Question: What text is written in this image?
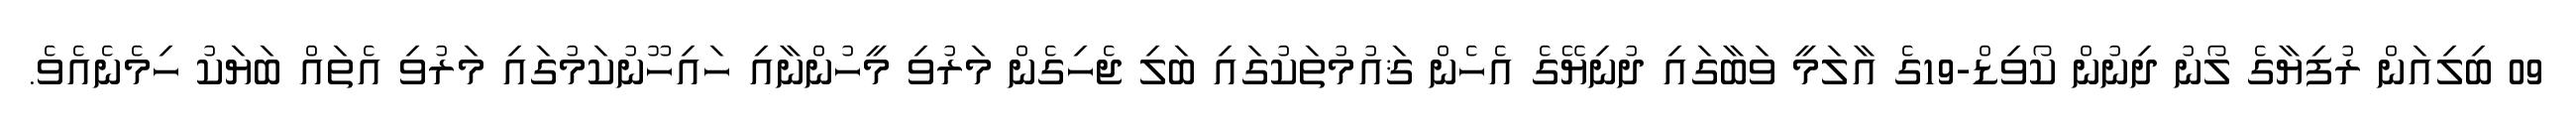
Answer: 09 ބިލިއަން ރުފިޔާގެ ލޯނު ދިނުން ކޯވިޑް-19ގެ އާލަމީ ވަބާގައި ދުނިޔޭގެ އެހެން ޤައުމުތަކުގައި ބަލި ޖެހިގެން މަރުވި މީހުންނާއި ހައިހޫނުކަމުގައި މަރުވި އެތައް ބަޔަކު ހިމެނެއެވެ.